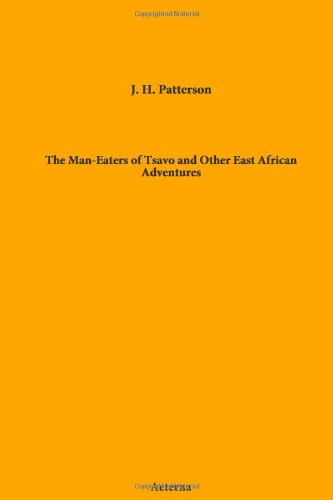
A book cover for The Man-Eaters of Tsavo and Other East African Adventures; H. (John Henry) J.; Travel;